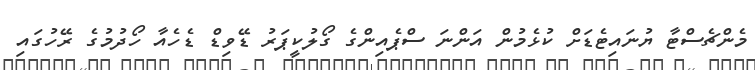
މެންޗެސްޓާ ޔުނައިޓެޑަށް ކުޅެމުން އަންނަ ސްޕެއިންގެ ގޯލުކީޕަރު ޑޭވިޑް ޑެހެއާ ހޯދުމުގެ ރޭހުގައި